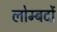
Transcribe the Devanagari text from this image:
लोम्बर्दो